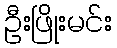
ဦးဖြိုးမင်း